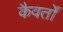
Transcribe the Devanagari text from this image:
कैवर्तों